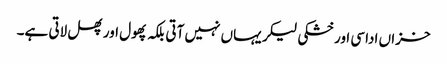
خزاں اداسی اور خشکی لیکر یہاں نہیں آتی بلکہ پھول اور پھل لاتی ہے۔